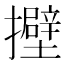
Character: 𢸵